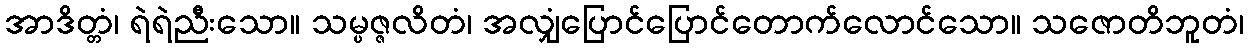
အာဒိတ္တံ၊ ရဲရဲညီးသော။ သမ္ပဇ္ဇလိတံ၊ အလျှံပြောင်ပြောင်တောက်လောင်သော။ သဇောတိဘူတံ၊